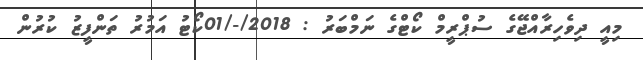
މިއީ ދިވެހިރާއްޖޭގެ ސުޕްރީމް ކޯޓްގެ ނަމްބަރު : 2018/-/01ކޯޓު އަމުރު ތަންފީޒު ކުރުން